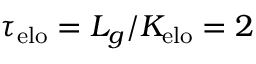
\tau _ { \mathrm { e l o } } = L _ { g } / K _ { \mathrm { e l o } } = 2